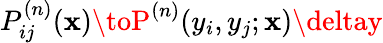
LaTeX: P_{ij}^{(n)}(\mathbf{x})\toP^{(n)}(y_{i},y_{j};\mathbf{x})\deltay